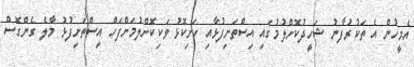
އެމީހުން އެ ތަކުރުފާނު ޝަހީދުކޮށްލުމުގައި އިސްތަށިފުޅާއި ހަށިކޮޅު ވަކިކޮށްލުމަށްފަހް އިސްތަށިފުޅު މާލެ ގެންގޮސް